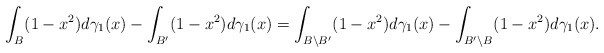
\begin{align*}\int_{B}(1-x^{2})d\gamma_{1}(x)-\int_{B'}(1-x^{2})d\gamma_{1}(x)=\int_{B\setminus B'}(1-x^{2})d\gamma_{1}(x)-\int_{B'\setminus B}(1-x^{2})d\gamma_{1}(x).\end{align*}